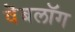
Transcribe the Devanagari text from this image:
वॆबलॉग